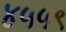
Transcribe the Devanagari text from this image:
४५५९